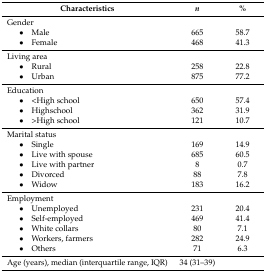
<table><thead><tr><td><b>Characteristics</b></td><td><b><i>n</i></b></td><td><b>%</b></td></tr></thead><tbody><tr><td>Gender</td><td></td><td></td></tr><tr><td>• Male</td><td>665</td><td>58.7</td></tr><tr><td>• Female</td><td>468</td><td>41.3</td></tr><tr><td>Living area</td><td></td><td></td></tr><tr><td>• Rural</td><td>258</td><td>22.8</td></tr><tr><td>• Urban</td><td>875</td><td>77.2</td></tr><tr><td>Education</td><td></td><td></td></tr><tr><td>• &lt;High school</td><td>650</td><td>57.4</td></tr><tr><td>• Highschool</td><td>362</td><td>31.9</td></tr><tr><td>• &gt;High school</td><td>121</td><td>10.7</td></tr><tr><td>Marital status</td><td></td><td></td></tr><tr><td>• Single</td><td>169</td><td>14.9</td></tr><tr><td>• Live with spouse</td><td>685</td><td>60.5</td></tr><tr><td>• Live with partner</td><td>8</td><td>0.7</td></tr><tr><td>• Divorced</td><td>88</td><td>7.8</td></tr><tr><td>• Widow</td><td>183</td><td>16.2</td></tr><tr><td>Employment</td><td></td><td></td></tr><tr><td>• Unemployed</td><td>231</td><td>20.4</td></tr><tr><td>• Self-employed</td><td>469</td><td>41.4</td></tr><tr><td>• White collars</td><td>80</td><td>7.1</td></tr><tr><td>• Workers, farmers</td><td>282</td><td>24.9</td></tr><tr><td>• Others</td><td>71</td><td>6.3</td></tr><tr><td>Age (years), median (interquartile range, IQR)</td><td>34 (31–39)</td><td></td></tr></tbody></table>